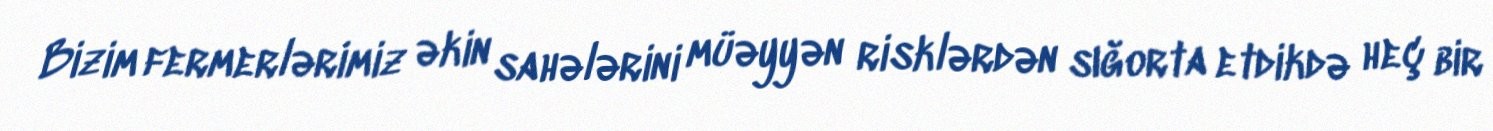
Bizim fermerlərimiz əkin sahələrini müəyyən risklərdən sığorta etdikdə heç bir